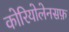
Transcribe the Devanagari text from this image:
कोरियोलेनसफ़